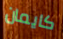
كايمان